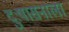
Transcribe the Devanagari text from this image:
दुःषासनाला